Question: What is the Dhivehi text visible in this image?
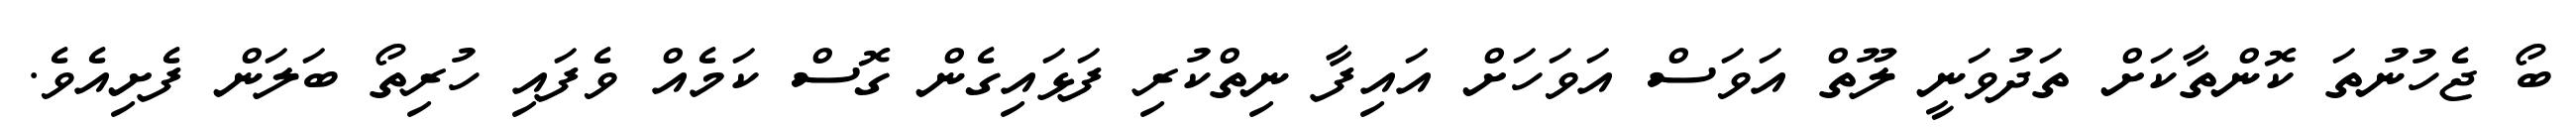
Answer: ބޯ ޖެހުނުތަ ކޮންތާކަށް ތަދުވަނީ ލޫތް އަވަސް އަވަހަށް އައިފާ ނިތްކުރި ފަޅައިގެން ގޮސް ކަމެއް ވެފައި ހުރިތޯ ބަލަން ފެށިއެވެ.